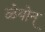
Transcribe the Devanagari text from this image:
ळेयोन्